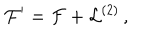
LaTeX: { \cal F } ^ { \prime } = { \cal F } + { \cal L } ^ { ( 2 ) } \, ,